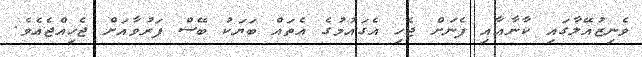
ވެނިޒުއޭލާގައި ކާނާއާއި ފެނަށް ޖެހި އެގައުމުގެ އެތައް ބަޔަކު ބޭސް ފަރުވާއަށް ޖެހިއްޖެއެވެ.